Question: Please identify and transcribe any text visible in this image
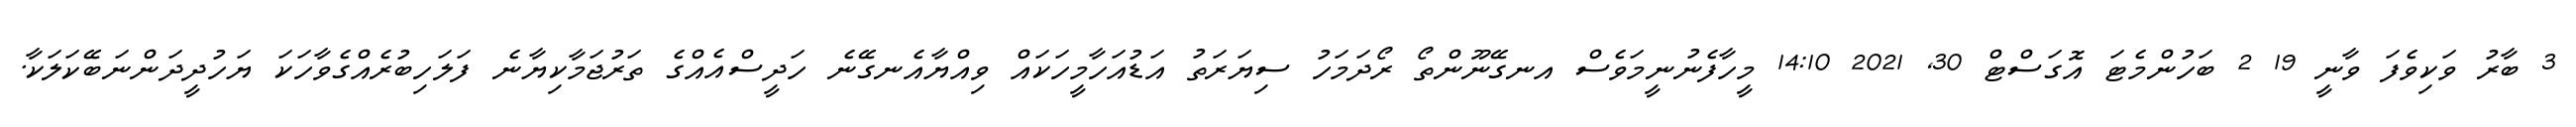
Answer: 3 ބާރު ވަކިވެފަ ވާނީ 19 2 ބަހުންމެޓަ އޮގަސްޓް 30, 2021 14:10 މީހާފެނުނީމަވެސް އނގޭނޫންތޯ ރޯދަމަހު ސިޔަރަތު އަޑުއަހާމީހަކައް ވިއްޔާއެނގޭނެ ހަދީސްއެއްގެ ތަރުޖަމާކިޔާނެ ފަލަހިބުރެއްގެވާހަކަ ޔަހުދީދަންނަބޭކަލަކާ.